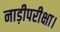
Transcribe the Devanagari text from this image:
नाड़ीपरीक्षा।